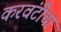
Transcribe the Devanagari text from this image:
करवंटीचा